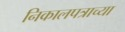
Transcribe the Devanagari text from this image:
निकालपत्राच्या